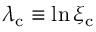
\lambda _ { \mathrm { c } } \equiv \ln \xi _ { \mathrm { c } }